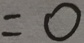
= 0